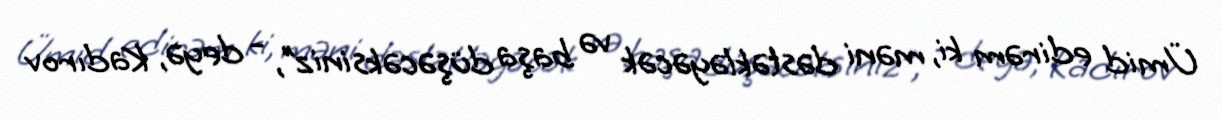
Ümid edirəm ki, məni dəstəkləyəcək və başa düşəcəksiniz”, - deyə, Kadırov